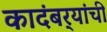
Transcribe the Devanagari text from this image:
कादंबर्‍यांंची